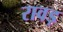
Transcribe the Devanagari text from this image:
रावड़